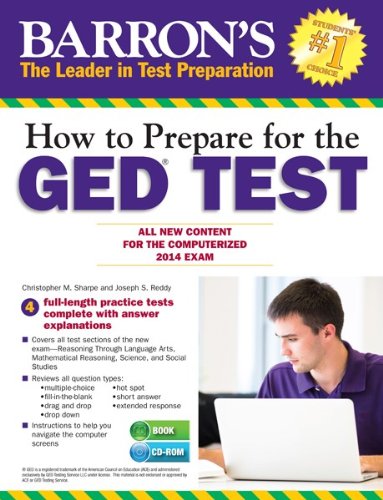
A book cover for How to Prepare for the GEDÂ® Test (with CD-ROM): All New Content for the Computerized 2014 Exam (Barron's Ged (Book & CD-Rom)); Christopher Sharpe; Test Preparation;